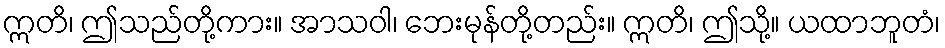
ဣတိ၊ ဤသည်တို့ကား။ အာသဝါ၊ ဘေးမုန်တို့တည်း။ ဣတိ၊ ဤသို့။ ယထာဘူတံ၊